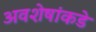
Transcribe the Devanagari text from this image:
अवशेषांकडे